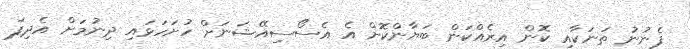
ފެނުނު ތަނަކާއި ކޮން އިރެއްކަން ބަޔާންކޮށް އެ އެސޯސިއޭޝަނަށް ހުށަހަޅައި ދިނުމަށް އެދިފަ